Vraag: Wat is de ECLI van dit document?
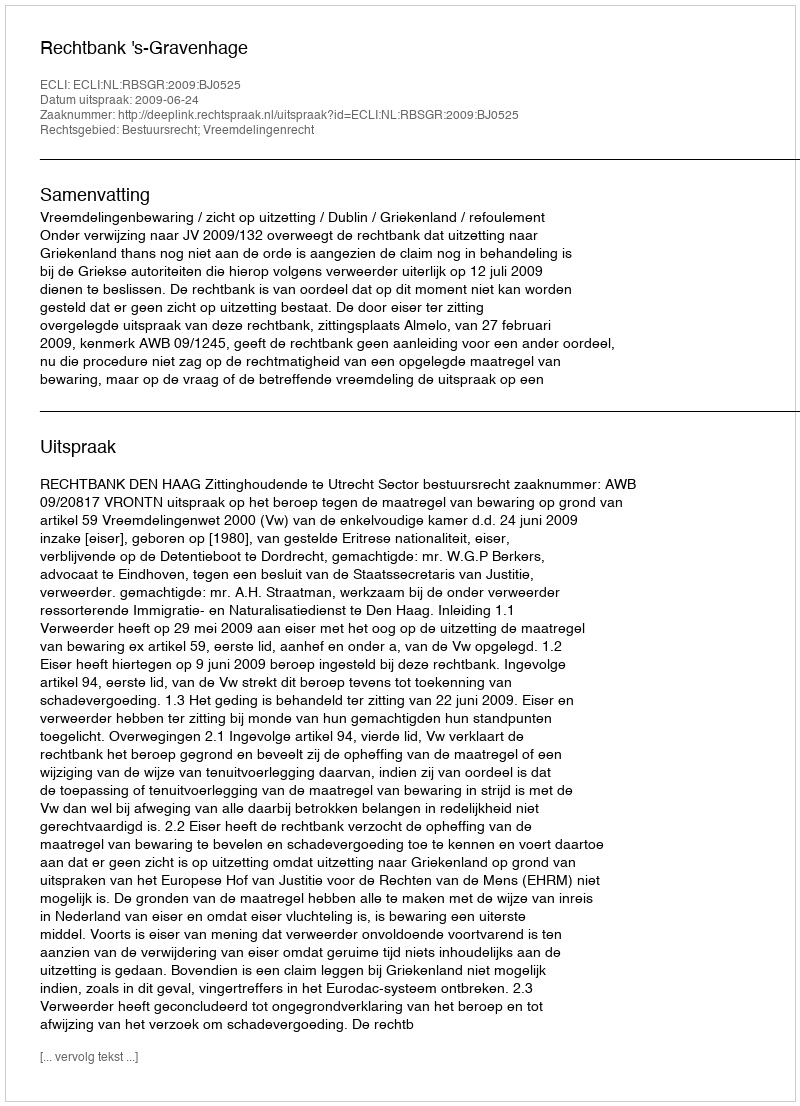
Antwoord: ECLI:NL:RBSGR:2009:BJ0525